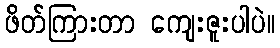
ဖိတ်ကြားတာ ကျေးဇူးပါပဲ။